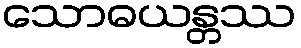
သောဓယန္တဿ